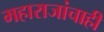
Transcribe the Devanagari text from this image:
महाराजांचाही